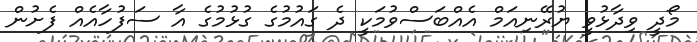
މޯދީ ވިދާޅުވީ ޔުރޭނިއަމް އެއްބަސްވުމަކީ ދެ ގައުމުގެ ގުޅުމުގެ އާ ސަފުހާއެއް ފެށުން